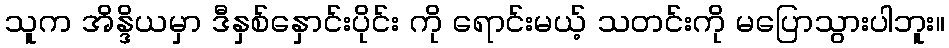
သူက အိန္ဒိယမှာ ဒီနှစ်နှောင်းပိုင်း ကို ရောင်းမယ့် သတင်းကို မပြောသွားပါဘူး။